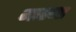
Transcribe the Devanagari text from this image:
माठणा